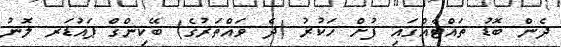
ދެން ބޮޑު ތައްޓެއްގައި ފުށް ހަކުރު (ދެ ވައްތަރުގެ) ބޭކިންގް ޕައުޑަރ ލޮނު